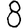
Digit: 8